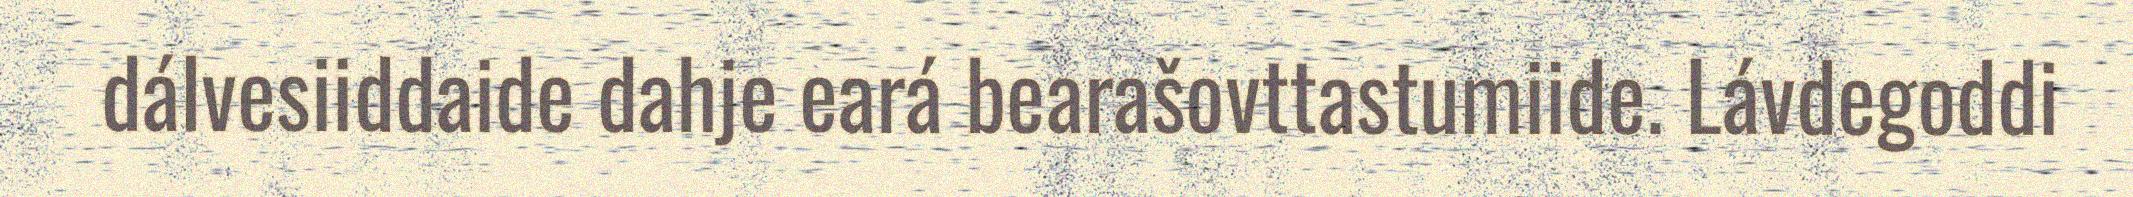
dálvesiiddaide dahje eará bearašovttastumiide. Lávdegoddi